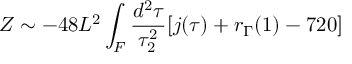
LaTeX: Z \sim - 4 8 L ^ { 2 } \int _ { \cal F } \frac { d ^ { 2 } \tau } { \tau _ { 2 } ^ { 2 } } [ j ( \tau ) + r _ { \Gamma } ( 1 ) - 7 2 0 ]